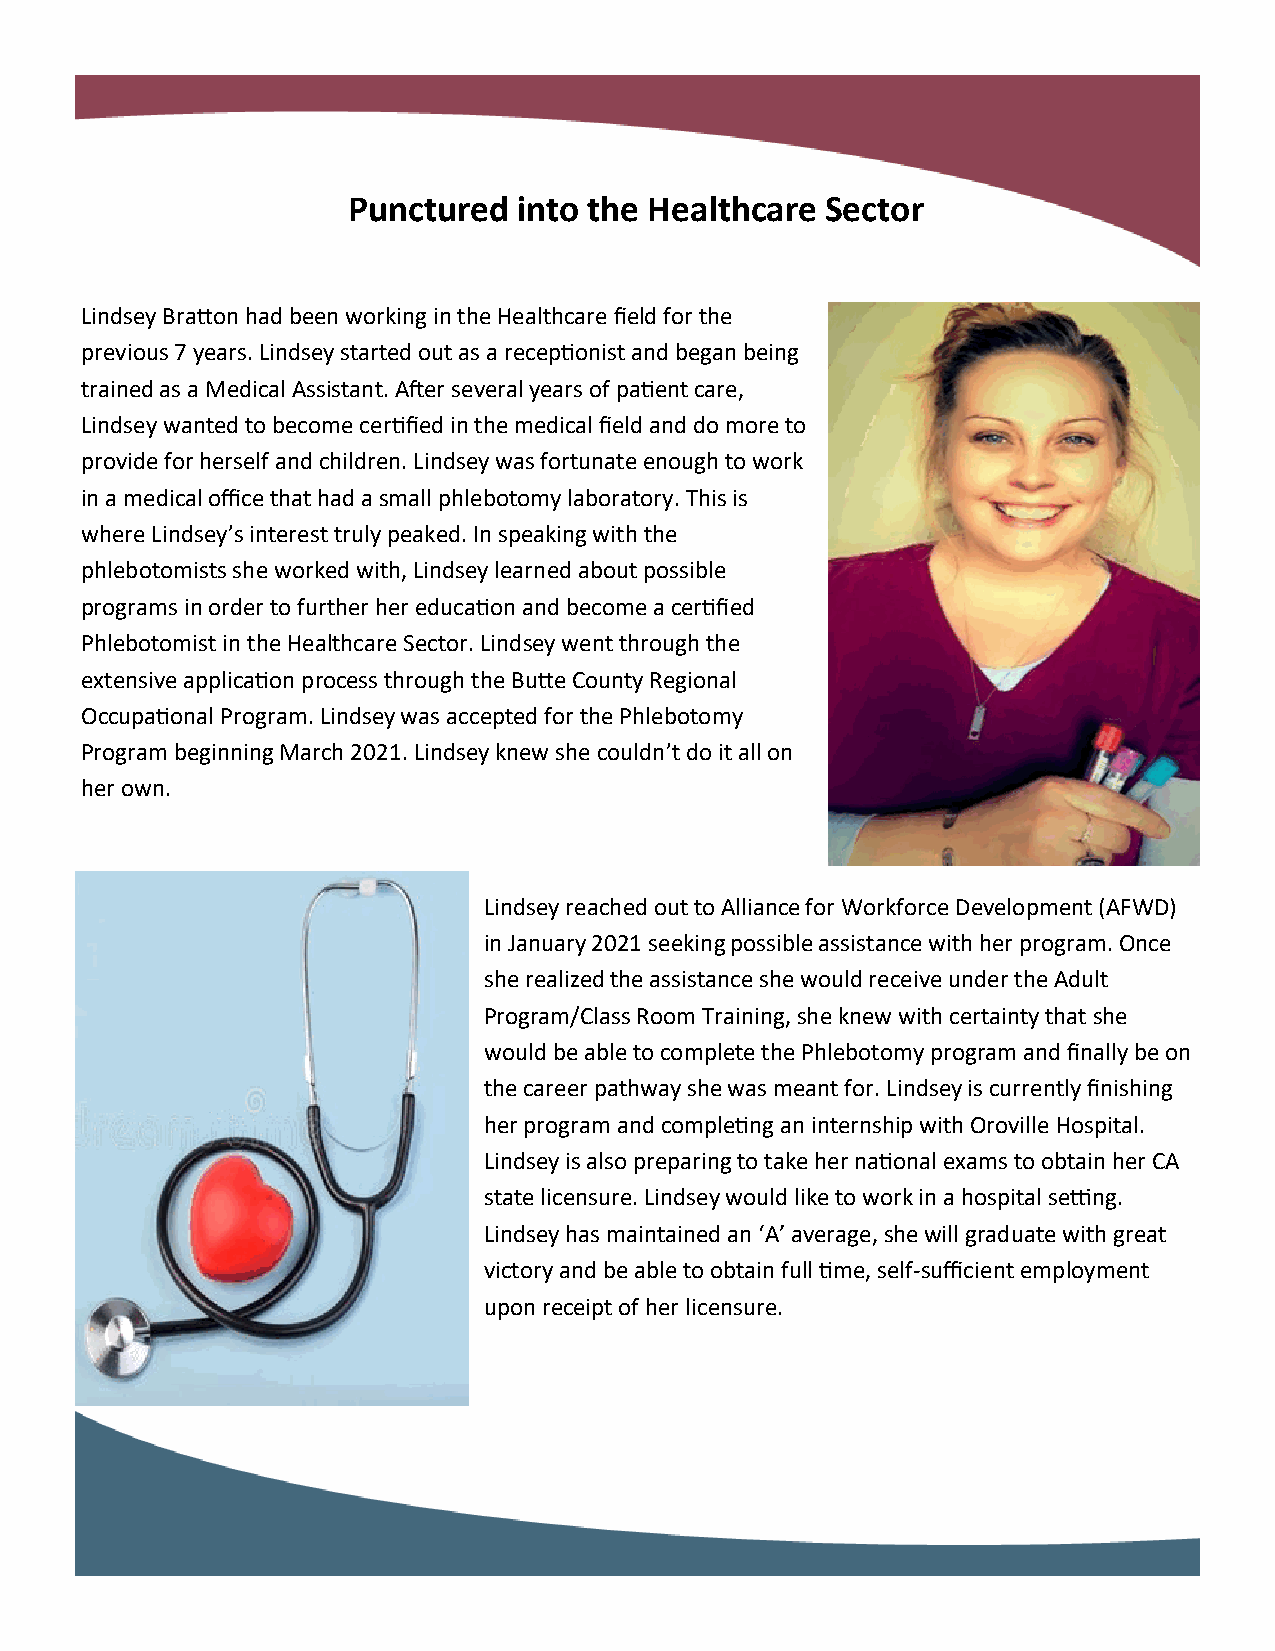
Punctured  into the Healthcare  Sector
 Lindsey Bratton had been working in the Healthcare field for the
 previous 7 years. Lindsey started out as a receptionist and began being
 trained as a Medical Assistant. After several years of patient care,
 Lindsey wanted to become certified in the medical field and do more to
 provide for herself and children. Lindsey was fortunate enough to work
 in a medical office that had a small phlebotomy laboratory. This is
 where Lindsey’s interest truly peaked. In speaking with the
 phlebotomists she worked with, Lindsey learned about possible
 programs in order to further her education and become a certified
 Phlebotomist in the Healthcare Sector. Lindsey went through the
 extensive application process through the Butte County Regional
 Occupational Program. Lindsey was accepted for the Phlebotomy
 Program beginning March 2021. Lindsey knew she couldn’t do it all on
 her own.
 Lindsey reached out to Alliance for Workforce Development (AFWD)
 in January 2021 seeking possible assistance with her program. Once
 she realized the assistance she would receive under the Adult
 Program/Class Room Training, she knew with certainty that she
 would be able to complete the Phlebotomy program and finally be on
 the career pathway she was meant for. Lindsey is currently finishing
 her program and completing an internship with Oroville Hospital.
 Lindsey is also preparing to take her national exams to obtain her CA
 state licensure. Lindsey would like to work in a hospital setting.
 Lindsey has maintained an ‘A’ average, she will graduate with great
 victory and be able to obtain full time, self-sufficient employment
 upon receipt of her licensure.